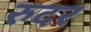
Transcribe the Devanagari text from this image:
रुदर